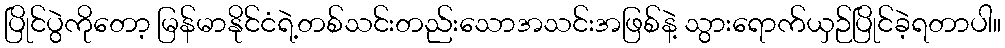
ပြိုင်ပွဲကိုတော့ မြန်မာနိုင်ငံရဲ့တစ်သင်းတည်းသောအသင်းအဖြစ်နဲ့ သွားရောက်ယှဉ်ပြိုင်ခဲ့ရတာပါ။